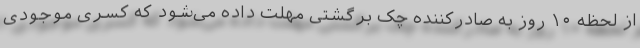
از لحظه ۱۰ روز به صادرکننده چک برگشتی مهلت داده می‌شود که کسری موجودی